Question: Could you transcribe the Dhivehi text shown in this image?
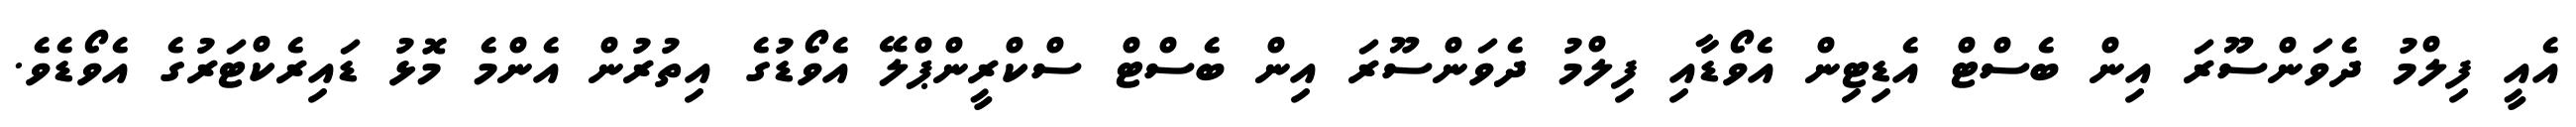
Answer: އެއީ ފިލްމު ދެވަންސޫރަ އިން ބެސްޓް އެޑިޓިން އެވޯޑާއި ފިލްމު ދެވަންސޫރަ އިން ބެސްޓް ސްކްރީންޕްލޭ އެވޯޑުގެ އިތުރުން އެންމެ މޮޅު ޑައިރެކްޓަރުގެ އެވޯޑެވެ.